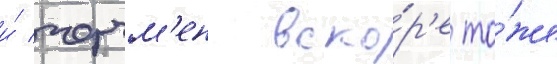
и́ черчм'ен вско́р'е то́же